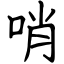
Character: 哨